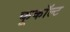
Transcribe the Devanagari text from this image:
फूकॉल्ट